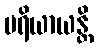
ပရိယာယန္တိ